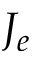
J _ { e }